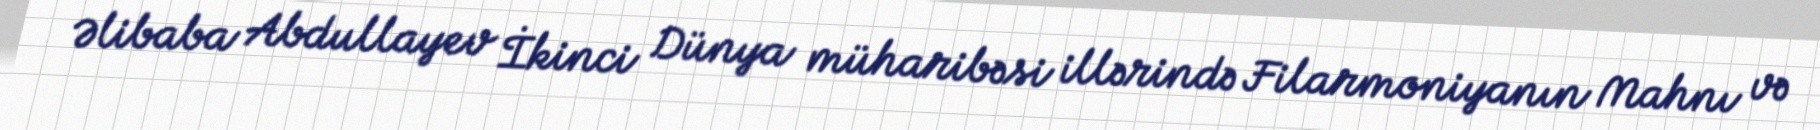
Əlibaba Abdullayev İkinci Dünya müharibəsi illərində Filarmoniyanın Mahnı və